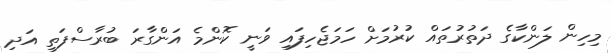
މިހިން ލަންކާގެ ދަތުރުތައް ކުރުމަށް ހަމަޖެހިފައި ވަނީ ކޮންމެ އަންގާރަ ބުރާސްފަތި އަދި